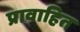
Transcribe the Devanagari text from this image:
प्रावाहित